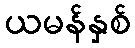
ယမန်နှစ်